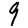
Digit: 9